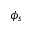
\phi _ { s }